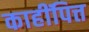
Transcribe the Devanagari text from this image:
काहींपित्त